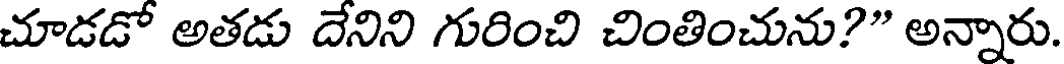
చూడడో అతడు దేనిని గురించి చింతించును?" అన్నారు